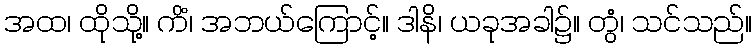
အထ၊ ထိုသို့။ ကိံ၊ အဘယ်ကြောင့်။ ဒါနိ၊ ယခုအခါ၌။ တွံ၊ သင်သည်။